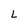
Character: 2